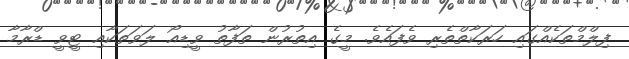
ފިލްމްތަކެއްގައި ހަރަކާތްތެރި ވެފައެވެ. މީގެ އިތުރުން ތަފާތު ވީޑިއޯ ލަވަތަކާއި ޓީވީ ޑްރާމާ